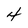
Character: 4